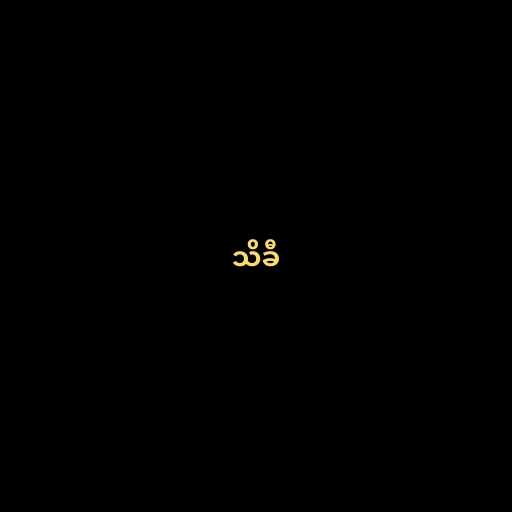
သိခီ